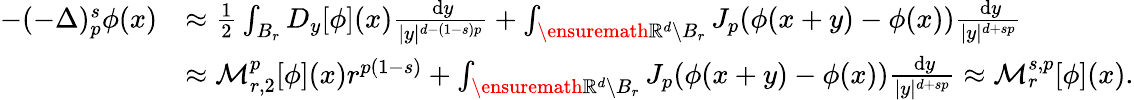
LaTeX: \begin{array}{rl}{-(-\Delta)_{p}^{s}\phi(x)}&{\approx\frac 12\int_{B_{r}}D_{y}[\phi](x)\frac{\, \mathrm{d}y}{|y|^{d-(1-s)p}}+\int_{\ensuremath{\mathbb{R}}^{d}\setminus B_{r}}J_{p}(\phi(x+y)-\phi(x))\frac{\, \mathrm{d}y}{|y|^{d+sp}}}\\ &{\approx\mathcal{M}_{r,2}^{p}[\phi](x)r^{p(1-s)}+\int_{\ensuremath{\mathbb{R}}^{d}\setminus B_{r}}J_{p}(\phi(x+y)-\phi(x))\frac{\, \mathrm{d}y}{|y|^{d+sp}}\approx\mathcal{M}_{r}^{s,p}[\phi](x).}\end{array}